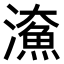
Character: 𤀸